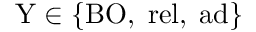
\mathrm { Y } \in \{ \mathrm { B O } , \; \mathrm { r e l } , \; \mathrm { a d } \}